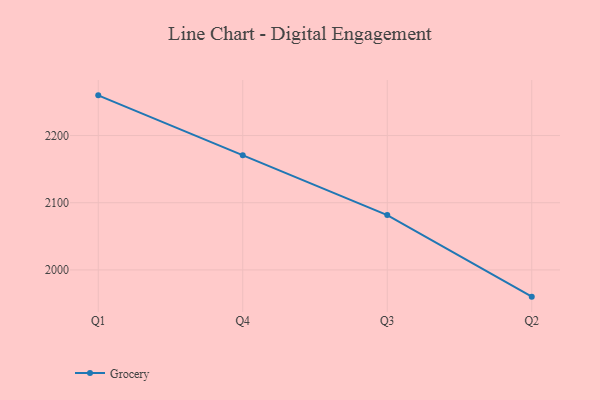
{"axis": {"x": "Quarter", "y": "Temperature (°C)"}, "legend": ["Grocery"], "data": [{"x": "Q1", "y": 2259.8, "type": "Grocery"}, {"x": "Q4", "y": 2170.7, "type": "Grocery"}, {"x": "Q3", "y": 2081.6, "type": "Grocery"}, {"x": "Q2", "y": 1960.2, "type": "Grocery"}]}